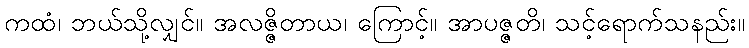
ကထံ၊ ဘယ်သို့လျှင်။ အလဇ္ဇိတာယ၊ ကြောင့်။ အာပဇ္ဇတိ၊ သင့်ရောက်သနည်း။